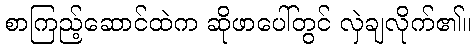
စာကြည့်ဆောင်ထဲက ဆိုဖာပေါ်တွင် လှဲချလိုက်၏။